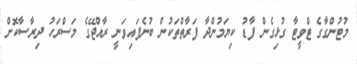
މުޓުންގާގެ ޓްވީޓާ ގުޅިގެން ފާޑު ކިޔަމުންދާ ފަރާތްތަކުން ބުނެފައިވަނީ ރާއްޖޭގެ މަސްރަހު ދިރާސާކޮށް